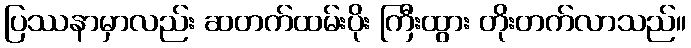
ပြဿနာမှာလည်း ဆတက်ထမ်းပိုး ကြီးထွား တိုးတက်လာသည်။